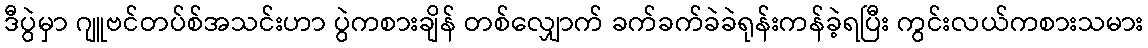
ဒီပွဲမှာ ဂျူဗင်တပ်စ်အသင်းဟာ ပွဲကစားချိန် တစ်လျှောက် ခက်ခက်ခဲခဲရုန်းကန်ခဲ့ရပြီး ကွင်းလယ်ကစားသမား